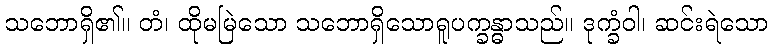
သဘောရှိ၏။ တံ၊ ထိုမမြဲသော သဘောရှိသောရူပက္ခန္ဓာသည်။ ဒုက္ခံဝါ၊ ဆင်းရဲသော